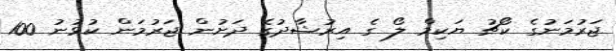
ޖަރުމަނުގެ ކޯޗު ޔަކިމް ލޯ ގެ އިރުޝާދުގެ ދަށުން ޖަރުމަން ކުޅުނު 100